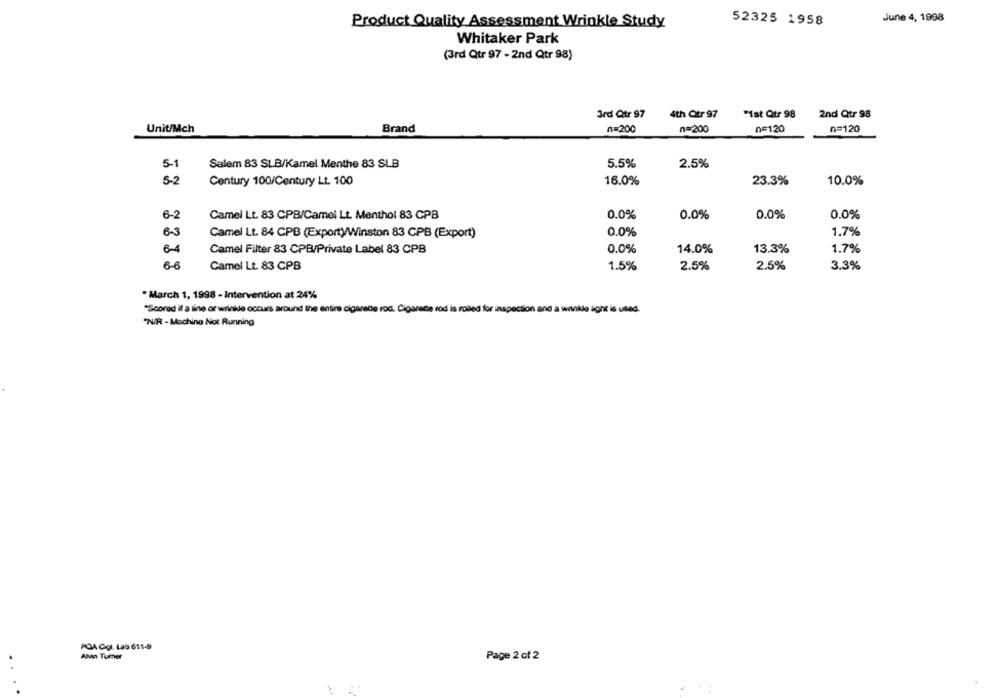
52325 1958
June 4, 1998
Product Quality Assessment Wrinkle Study
Whitaker Park
(3rd Qtr 97 - 2nd Qtr 98)
3rd Qtr 97
4th Otr 97
"Ist Qtr 98
2nd Qtr 98
Unit/Mch
Brand
n=200
n=200
n=120
n=120
5-1
Salem 83 SLB/Kamel Menthe 83 SLB
5.5%
2.5%
5-2
Century 100/Century Lt. 100
16.0%
23.3%
10.0%
6-2
Camel Lt. 83 CPB/Camel Lt. Menthol 83 CPB
0.0%
0.0%
0.0%
0.0%
6-3
Camel Lt. 84 CPB (Exporty/Winston 83 CPB (Export)
0.0%
1.7%
6-4
Camel Filter 83 CPB/Private Label 83 CPB
0.0%
14.0%
13.3%
1.7%
6-6
Camel Lt. 83 CPB
2.5%
1.5%
2.5%
3.3%
. March 1, 1998 - Intervention at 24%
*Scored if a line or wrinkle occurs around the entire cigarette rod. Cigarace rod is rolled for inspection and a wrinkle light is used.
"N/R - Machine Not Running
POACgl. Las 611-4
Alvo Turner
Page 2 of 2